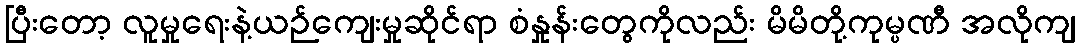
ပြီးတော့ လူမှုရေးနဲ့ယဉ်ကျေးမှုဆိုင်ရာ စံနှုန်းတွေကိုလည်း မိမိတို့ကုမ္ပဏီ အလိုကျ